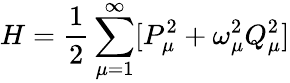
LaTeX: H=\frac{1}{2}\sum_{\mu=1}^{\infty}[P_{\mu}^{2}+\omega_{\mu}^{2}Q_{\mu}^{2}]